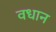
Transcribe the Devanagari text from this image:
वधान